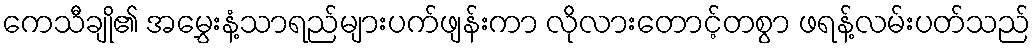
ကေသီချို၏ အမွှေးနံ့သာရည်များပက်ဖျန်းကာ လိုလားတောင့်တစွာ ဖရန့်လမ်းပတ်သည်